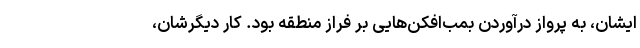
ایشان، به پرواز درآوردن بمب‌افکن‌هایی بر فراز منطقه بود. کار دیگرشان،